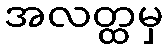
အလတ္ထမှ